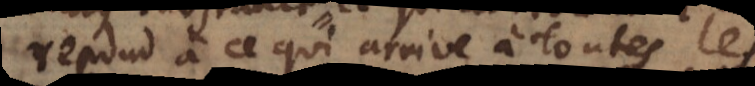
répond à ce qui arrive à toutes les